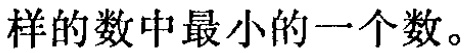
样的数中最小的一个数。